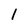
Character: l